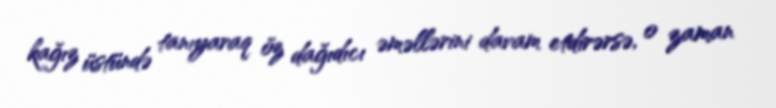
kağız üstündə tanıyaraq öz dağıdıcı əməllərini davam etdirərsə, o zaman